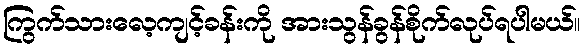
ကြွက်သားလေ့ကျင့်ခန်းကို အားသွန်ခွန်စိုက်လုပ်ရပါမယ်။